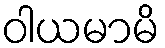
ဝါယမာမိ